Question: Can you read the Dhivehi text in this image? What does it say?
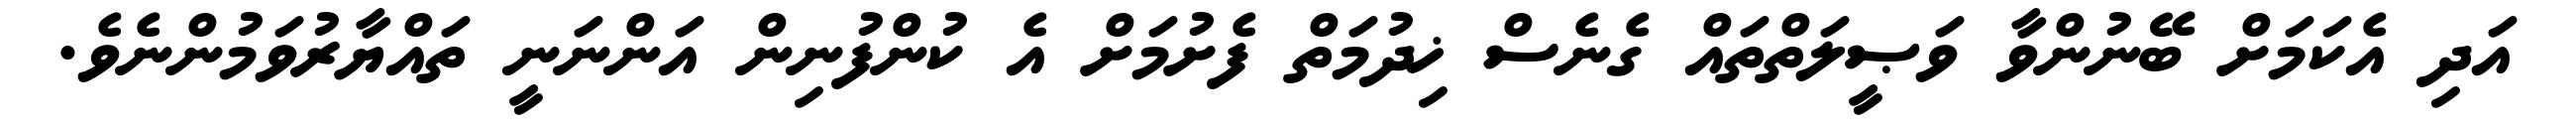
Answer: އަދި އެކަމަށް ބޭނުންވާ ވަޞީލަތްތައް ގެނެސް ޚިދުމަތް ފެށުމަށް އެ ކުންފުނިން އަންނަނީ ތައްޔާރުވަމުންނެވެ.